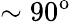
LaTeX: \sim 90^{\mathrm{o}}